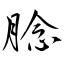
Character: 腍